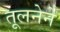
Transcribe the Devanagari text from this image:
तूलनेने